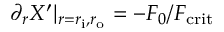
\partial _ { r } X ^ { \prime } \vert _ { r = r _ { \mathrm { i } } , r _ { \mathrm { o } } } = - F _ { 0 } / F _ { \mathrm { c r i t } }